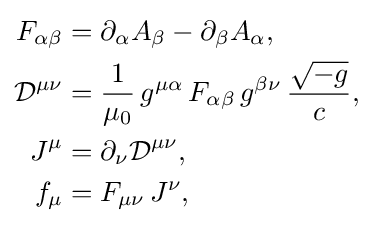
{\begin{aligned}F_{\alpha \beta }&=\partial _{\alpha }A_{\beta }-\partial _{\beta }A_{\alpha },\\{\mathcal {D}}^{\mu \nu }&={\frac {1}{\mu _{0}}}\,g^{\mu \alpha }\,F_{\alpha \beta }\,g^{\beta \nu }\,{\frac {\sqrt {-g}}{c}},\\J^{\mu }&=\partial _{\nu }{\mathcal {D}}^{\mu \nu },\\f_{\mu }&=F_{\mu \nu }\,J^{\nu },\end{aligned}}